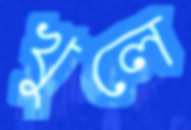
খুলে